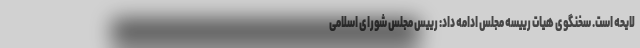
لایحه است. سخنگوی هیات رییسه مجلس ادامه داد: رییس مجلس شورای اسلامی